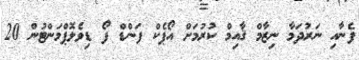
ފެނާއި ނަރުދަމާ ނިޒާމް ޤާއިމް ކުރުމަށް އޯޕެކް ފަންޑް ފޯ ޑިވެލޮޕްމަންޓުން 20